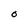
Character: O